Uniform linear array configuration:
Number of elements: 64
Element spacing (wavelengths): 1
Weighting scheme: cosine
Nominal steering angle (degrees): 15
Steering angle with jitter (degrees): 16.596
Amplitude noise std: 0.05
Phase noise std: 0.05

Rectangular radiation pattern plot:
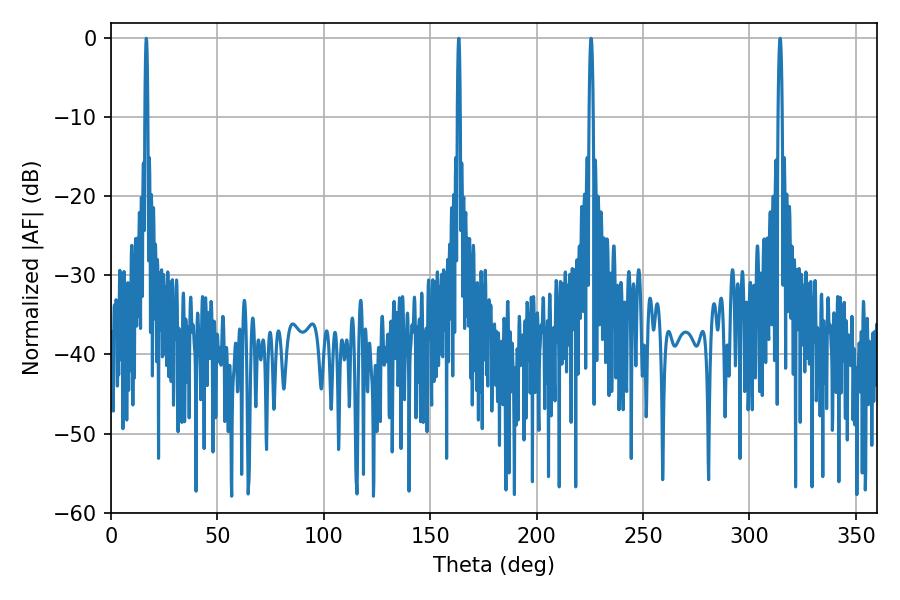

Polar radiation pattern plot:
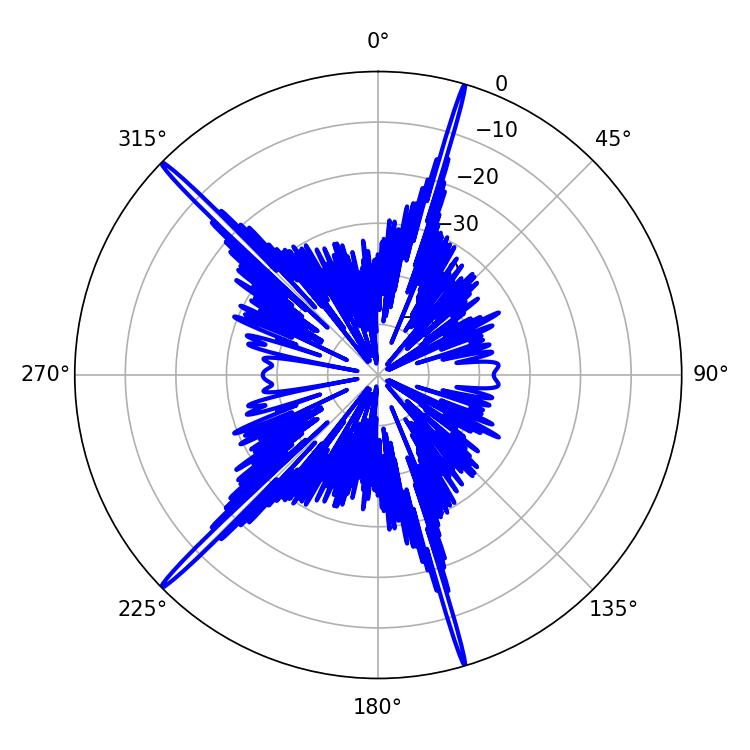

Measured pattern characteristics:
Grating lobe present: TRUE
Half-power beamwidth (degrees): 0.72
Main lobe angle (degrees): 16.56